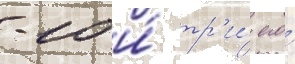
-10 и́ тр'и́ его́